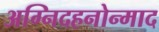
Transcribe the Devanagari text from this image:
अग्निदहनोन्माद